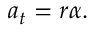
a _ { t } = r \alpha .